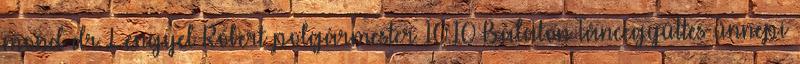
mond dr. Lengyel Róbert polgármester 10.10 Balaton Táncegyüttes ünnepi